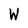
Character: W